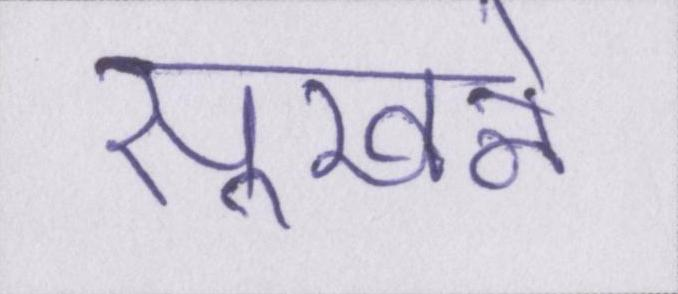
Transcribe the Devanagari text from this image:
सूखने